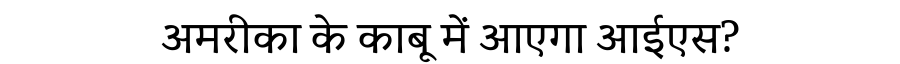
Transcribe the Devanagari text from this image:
अमरीका के काबू में आएगा आईएस?